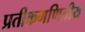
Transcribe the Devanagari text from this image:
प्रतीकगणितीय